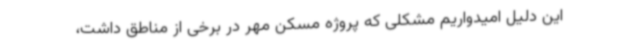
این دلیل امیدواریم مشکلی که پروژه مسکن مهر در برخی از مناطق داشت،